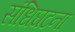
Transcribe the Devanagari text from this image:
संधिघटना